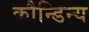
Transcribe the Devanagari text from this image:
कौन्डिन्य